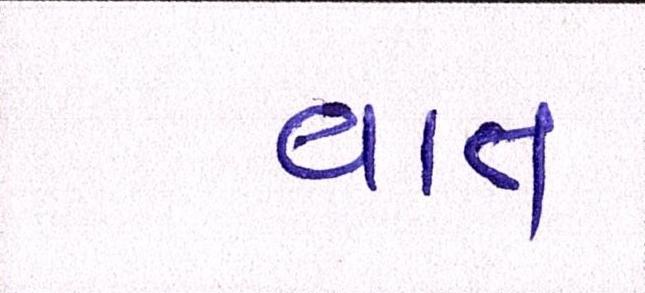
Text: વાત